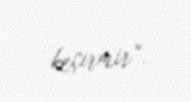
keçirmir”.